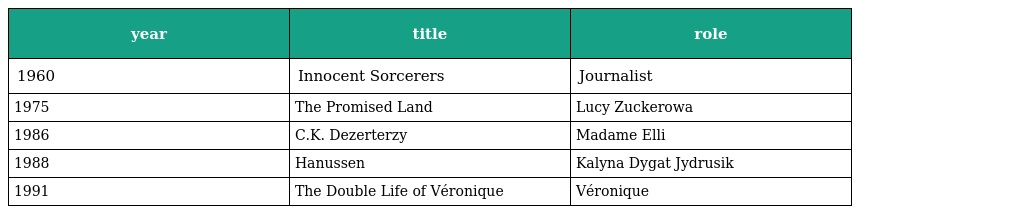
| year | title | role |
 | --- | --- | --- |
 | 1960 | Innocent Sorcerers | Journalist |
 | 1975 | The Promised Land | Lucy Zuckerowa |
 | 1986 | C.K. Dezerterzy | Madame Elli |
 | 1988 | Hanussen | Kalyna Dygat Jydrusik |
 | 1991 | The Double Life of Véronique | Véronique |